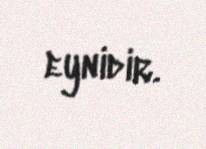
eynidir.